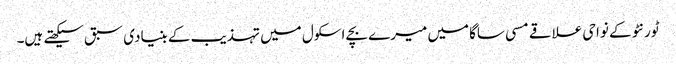
ٹورنٹو کے نواحی علاقے مسی ساگا میں میرے بچے اسکول میں تہذیب کے بنیادی سبق سیکھتے ہیں۔